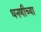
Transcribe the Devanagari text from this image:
धनणीच्या